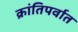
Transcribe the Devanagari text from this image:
क्रांतिपर्वात